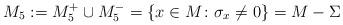
LaTeX: \begin{gather*}M_5 := M_5^+ \cup M_5^- = \{x \in M \colon \sigma_x \neq 0\} = M - \Sigma\end{gather*}